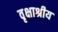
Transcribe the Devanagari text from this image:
वृक्षाश्रीय